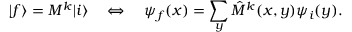
| f \rangle = M ^ { k } | i \rangle \quad \Leftrightarrow \quad \psi _ { f } ( x ) = \sum _ { y } \hat { M } ^ { k } ( x , y ) \psi _ { i } ( y ) .